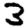
Digit: 3